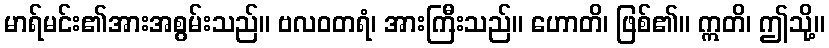
မာရ်မင်း၏အားအစွမ်းသည်။ ဗလဝတရံ၊ အားကြီးသည်။ ဟောတိ၊ ဖြစ်၏။ ဣတိ၊ ဤသို့။